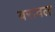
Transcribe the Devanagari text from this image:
वरावल